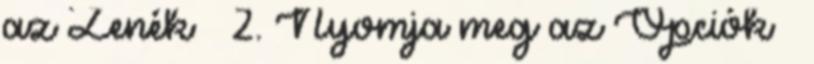
az Zenék → 2. Nyomja meg az Opciók →